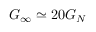
G _ { \infty } \simeq 2 0 G _ { N }